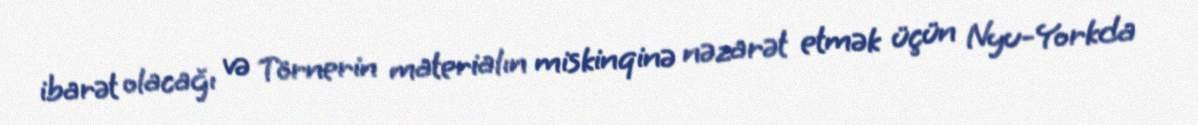
ibarət olacağı və Törnerin materialın miskinqinə nəzarət etmək üçün Nyu-Yorkda